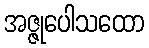
အဇ္ဇုပေါသထော